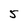
Character: 5